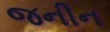
જનીન